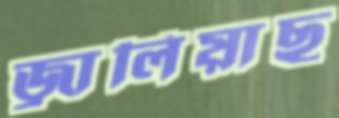
জ্বালিয়াছ